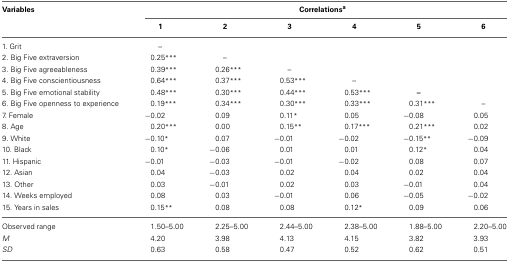
<table><thead><tr><td><b>Variables</b></td><td colspan="6"><b>Correlations<sup>a</sup></b></td></tr><tr><td></td><td><b>1</b></td><td><b>2</b></td><td><b>3</b></td><td><b>4</b></td><td><b>5</b></td><td><b>6</b></td></tr></thead><tbody><tr><td>1. Grit</td><td>–</td><td></td><td></td><td></td><td></td><td></td></tr><tr><td>2. Big Five extraversion</td><td>0.25<sup>***</sup></td><td>–</td><td></td><td></td><td></td><td></td></tr><tr><td>3. Big Five agreeableness</td><td>0.39<sup>***</sup></td><td>0.26<sup>***</sup></td><td>–</td><td></td><td></td><td></td></tr><tr><td>4. Big Five conscientiousness</td><td>0.64<sup>***</sup></td><td>0.37<sup>***</sup></td><td>0.53<sup>***</sup></td><td>–</td><td></td><td></td></tr><tr><td>5. Big Five emotional stability</td><td>0.48<sup>***</sup></td><td>0.30<sup>***</sup></td><td>0.44<sup>***</sup></td><td>0.53<sup>***</sup></td><td><b>–</b></td><td></td></tr><tr><td>6. Big Five openness to experience</td><td>0.19<sup>***</sup></td><td>0.34<sup>***</sup></td><td>0.30<sup>***</sup></td><td>0.33<sup>***</sup></td><td>0.31<sup>***</sup></td><td>–</td></tr><tr><td>7. Female</td><td>−0.02</td><td>0.09</td><td>0.11<sup>*</sup></td><td>0.05</td><td>−0.08</td><td>0.05</td></tr><tr><td>8. Age</td><td>0.20<sup>***</sup></td><td>0.00</td><td>0.15<sup>**</sup></td><td>0.17<sup>***</sup></td><td>0.21<sup>***</sup></td><td>0.02</td></tr><tr><td>9. White</td><td>−0.10<sup>*</sup></td><td>0.07</td><td>−0.01</td><td>−0.02</td><td>−0.15<sup>**</sup></td><td>−0.09</td></tr><tr><td>10. Black</td><td>0.10<sup>*</sup></td><td>−0.06</td><td>0.01</td><td>0.01</td><td>0.12<sup>*</sup></td><td>0.04</td></tr><tr><td>11. Hispanic</td><td>−0.01</td><td>−0.03</td><td>−0.01</td><td>−0.02</td><td>0.08</td><td>0.07</td></tr><tr><td>12. Asian</td><td>0.04</td><td>−0.03</td><td>0.02</td><td>0.04</td><td>0.02</td><td>0.04</td></tr><tr><td>13. Other</td><td>0.03</td><td>−0.01</td><td>0.02</td><td>0.03</td><td>−0.01</td><td>0.04</td></tr><tr><td>14. Weeks employed</td><td>0.08</td><td>0.03</td><td>−0.01</td><td>0.06</td><td>−0.05</td><td>−0.02</td></tr><tr><td>15. Years in sales</td><td>0.15<sup>**</sup></td><td>0.08</td><td>0.08</td><td>0.12<sup>*</sup></td><td>0.09</td><td>0.06</td></tr><tr><td>Observed range</td><td>1.50–5.00</td><td>2.25–5.00</td><td>2.44–5.00</td><td>2.38–5.00</td><td>1.88–5.00</td><td>2.20–5.00</td></tr><tr><td><i>M</i></td><td>4.20</td><td>3.98</td><td>4.13</td><td>4.15</td><td>3.82</td><td>3.93</td></tr><tr><td><i>SD</i></td><td>0.63</td><td>0.58</td><td>0.47</td><td>0.52</td><td>0.62</td><td>0.51</td></tr></tbody></table>